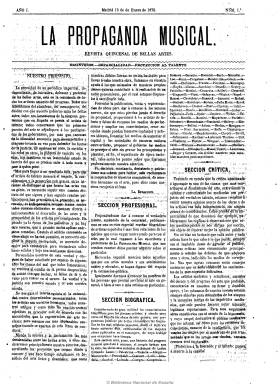
Título: La Propaganda musical
Colección: Música
Ámbito geográfico: Madrid
Lugar de publicación: Madrid
Fechas: 15/01/1872-30/04/1872

Subtitulada como “revista quincenal de bellas artes”, bajo su cabecera imprime la leyenda “desinterés, imparcialidad, protección al talento”. Dedicada al fomento del arte lírico y dramático, la declamación y de las sociedades de socorros mutuos entre artistas. Contiene artículos y noticias profesionales, con reseñas de artistas españoles, biografías de compositores famosos, críticas de obras, empresas teatrales, academias y actividad artística. Le dedica atención preferente al Teatro Nacional de la Ópera y a la Escuela Nacional de Música. Incluye algunos anuncios publicitarios. Entre sus colaboradores están Emilio Yela de la Torre, Alejo Aley, J.M. Céspedes y Baldomero Muñoz. Editada en números de cuatro páginas, difundió partituras aparte para los suscriptores. No debió superar la decena de números.